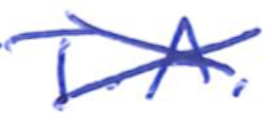
Text: T.A.
Cross-out: mix
Writing tool: ballpoint